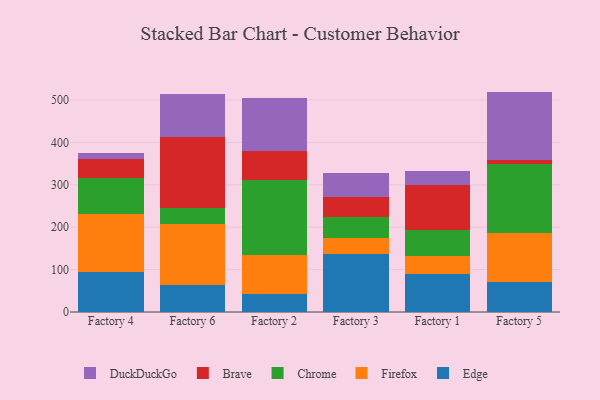
{"axis": {"x": "Factory", "y": "Active Users"}, "legend": ["Brave", "Chrome", "DuckDuckGo", "Edge", "Firefox"], "data": [{"x": "Factory 4", "y": 94.5, "type": "Edge"}, {"x": "Factory 4", "y": 137.4, "type": "Firefox"}, {"x": "Factory 4", "y": 83.5, "type": "Chrome"}, {"x": "Factory 4", "y": 46.1, "type": "Brave"}, {"x": "Factory 4", "y": 12.6, "type": "DuckDuckGo"}, {"x": "Factory 6", "y": 63.9, "type": "Edge"}, {"x": "Factory 6", "y": 144.4, "type": "Firefox"}, {"x": "Factory 6", "y": 36.6, "type": "Chrome"}, {"x": "Factory 6", "y": 168.9, "type": "Brave"}, {"x": "Factory 6", "y": 99.1, "type": "DuckDuckGo"}, {"x": "Factory 2", "y": 42.2, "type": "Edge"}, {"x": "Factory 2", "y": 91.5, "type": "Firefox"}, {"x": "Factory 2", "y": 177.7, "type": "Chrome"}, {"x": "Factory 2", "y": 68.6, "type": "Brave"}, {"x": "Factory 2", "y": 124.9, "type": "DuckDuckGo"}, {"x": "Factory 3", "y": 137.1, "type": "Edge"}, {"x": "Factory 3", "y": 38.5, "type": "Firefox"}, {"x": "Factory 3", "y": 48.3, "type": "Chrome"}, {"x": "Factory 3", "y": 46.5, "type": "Brave"}, {"x": "Factory 3", "y": 57.5, "type": "DuckDuckGo"}, {"x": "Factory 1", "y": 90.3, "type": "Edge"}, {"x": "Factory 1", "y": 40.7, "type": "Firefox"}, {"x": "Factory 1", "y": 62.6, "type": "Chrome"}, {"x": "Factory 1", "y": 106.2, "type": "Brave"}, {"x": "Factory 1", "y": 32.4, "type": "DuckDuckGo"}, {"x": "Factory 5", "y": 69.8, "type": "Edge"}, {"x": "Factory 5", "y": 117.0, "type": "Firefox"}, {"x": "Factory 5", "y": 161.6, "type": "Chrome"}, {"x": "Factory 5", "y": 9.6, "type": "Brave"}, {"x": "Factory 5", "y": 161.7, "type": "DuckDuckGo"}]}